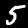
Digit: 5